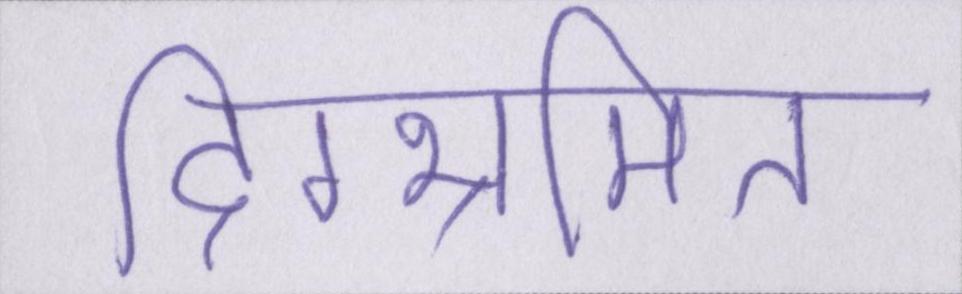
दिग्भ्रमित